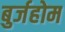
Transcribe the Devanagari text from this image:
बुर्जहोम